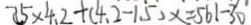
7 5 \times 4 . 2 + ( 4 . 2 - 1 . 5 ) x = 5 6 1 - 3 0